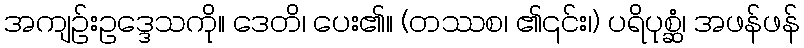
အကျဉ်းဥဒ္ဒေသကို။ ဒေတိ၊ ပေး၏။ (တဿစ၊ ၏၎င်း၊) ပရိပုစ္ဆံ၊ အဖန်ဖန်